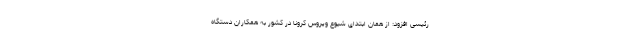
رئیسی افزود: از همان ابتدای شیوع ویروس کرونا در کشور به همکاران دستگاه